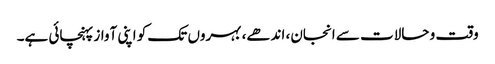
وقت و حالات سے انجان، اندھے، بہروں تک کو اپنی آواز پہنچائی ہے۔